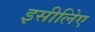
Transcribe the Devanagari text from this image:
इसीलिेए